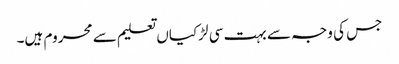
جس کی وجہ سے بہت سی لڑکیاں تعلیم سے محروم ہیں۔